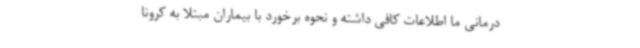
درمانی ما اطلاعات کافی داشته و نحوه برخورد با بیماران مبتلا به کرونا